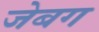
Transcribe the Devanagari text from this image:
जेबग